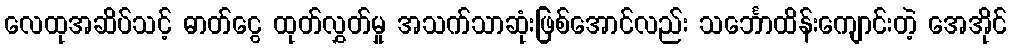
လေထုအဆိပ်သင့် ဓာတ်ငွေ ထုတ်လွှတ်မှု အသက်သာဆုံးဖြစ်အောင်လည်း သင်္ဘောထိန်းကျောင်းတဲ့ အေအိုင်